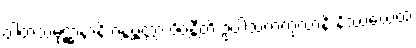
ဝါတသမုဋ္ဌာနာနိ ဂန္တဗ္ဗတ္တာ ပိဝန္တီတိ ဥပါသကကုလာနိ နိဿယေထ